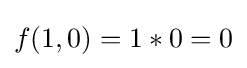
f(1,0)=1*0=0